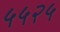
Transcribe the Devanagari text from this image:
५५२५